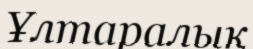
Ұлтаралық